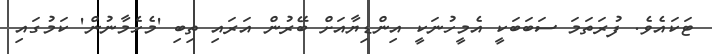
ޓަކައެވެ. ފުރަތަމަ ސަބަބަކީ އެމީހުނަކީ އިންޑިޔާއަށް ބޭރުން އަރައި ތިބި 'މެހެމާނުން' ކަމުގައި